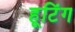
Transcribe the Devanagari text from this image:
हूटिंग